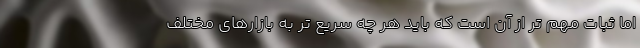
اما ثبات مهم تر از آن است که باید هر چه سریع تر به بازارهای مختلف